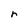
Character: r